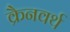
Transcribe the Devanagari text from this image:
क्रैनवर्थ